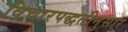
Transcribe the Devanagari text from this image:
विचारपद्धतीनुसार